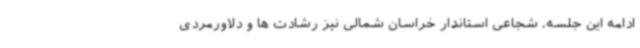
ادامه این جلسه، شجاعی استاندار خراسان شمالی نیز رشادت ها و دلاورمردی